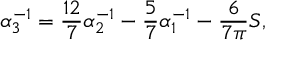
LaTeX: \alpha _ { 3 } ^ { - 1 } = \frac { 1 2 } { 7 } \alpha _ { 2 } ^ { - 1 } - \frac { 5 } { 7 } \alpha _ { 1 } ^ { - 1 } - \frac { 6 } { 7 \pi } S ,